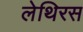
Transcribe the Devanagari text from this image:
लेथिरस